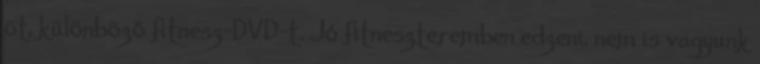
öt, különböző fitnesz-DVD-t. Jó fitneszteremben edzeni, nem is vagyunk